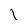
Character: l